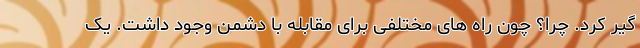
گیر کرد. چرا؟ چون راه های مختلفی برای مقابله با دشمن وجود داشت. یک